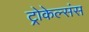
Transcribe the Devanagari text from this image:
ट्रोकेल्संस